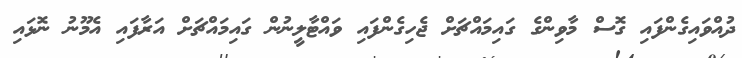
ދުއްވައިގެންފައި ގޮސް މާވިންގެ ގައިމައްޗަށް ޖެހިގެންފައި ވައްޓާލީނުން ގައިމައްޗަށް އަރާފައި އެމޫނު ނޮޅައި